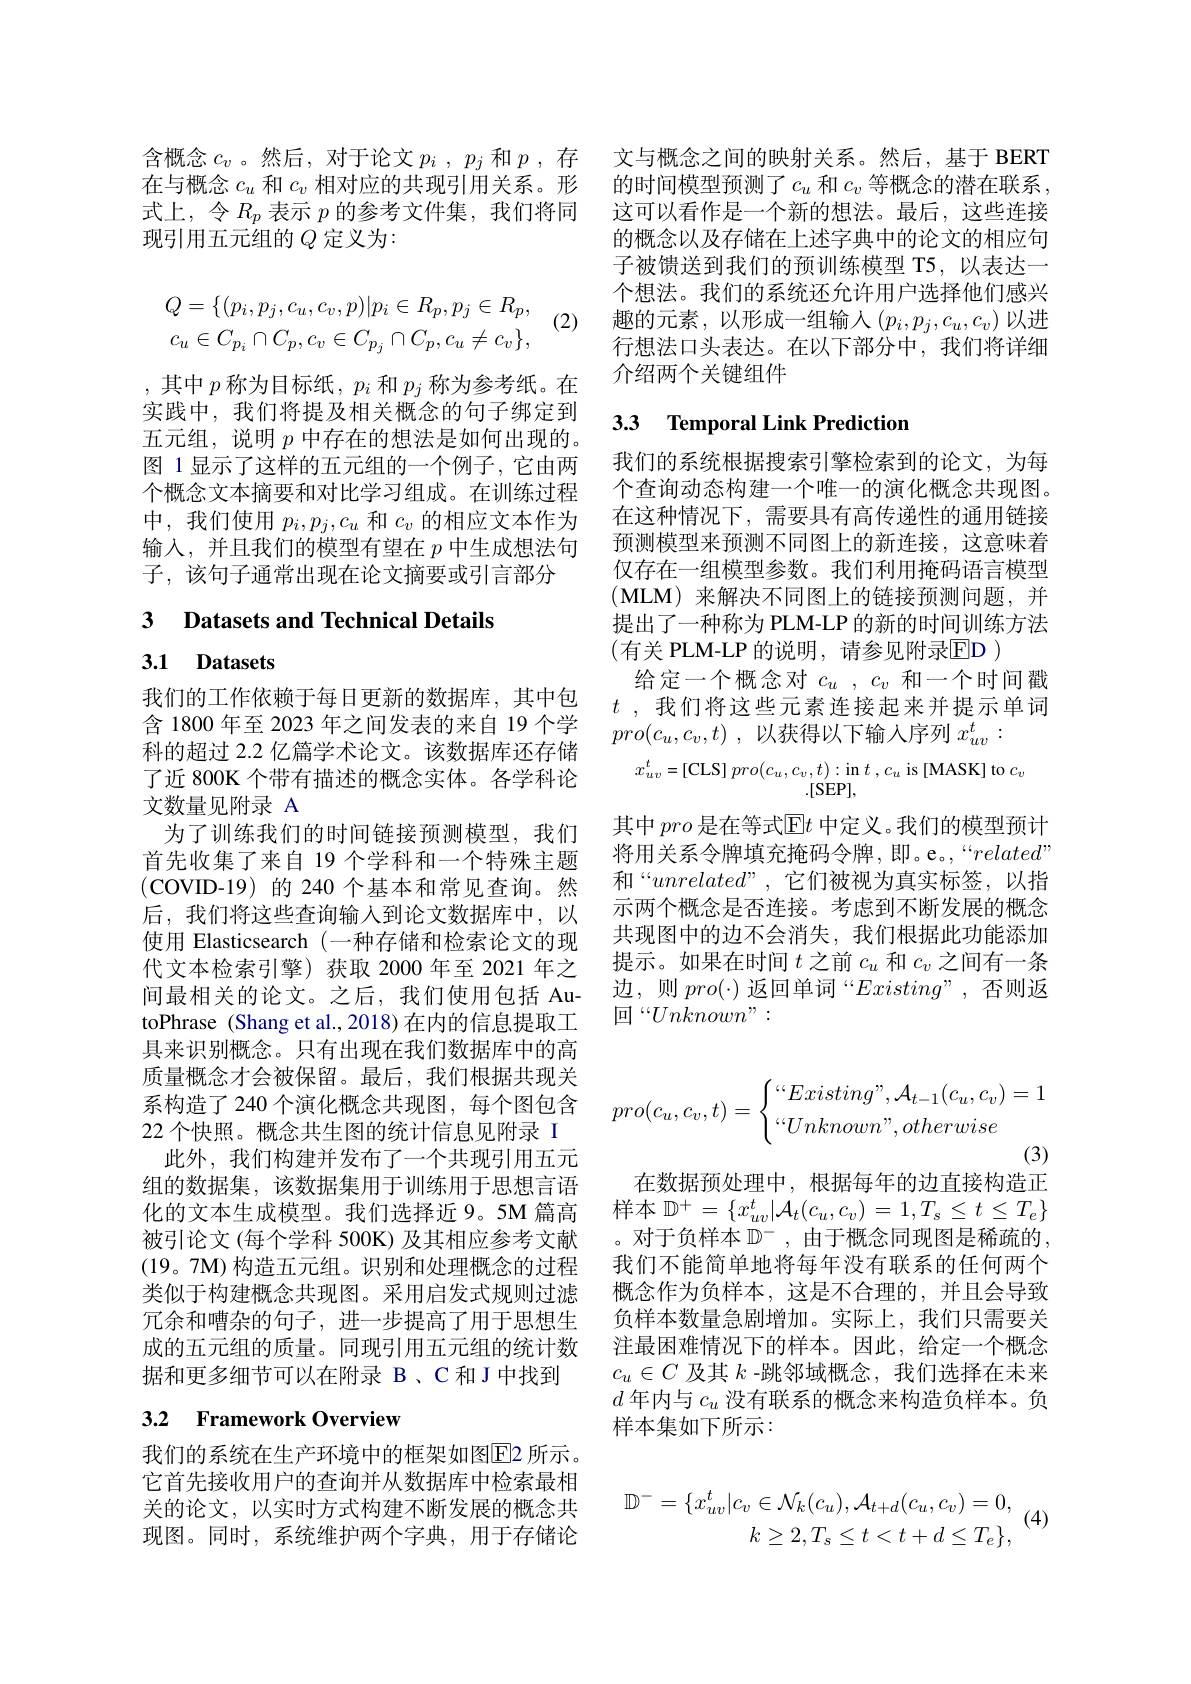
含概念$c_v$ 。然后，对于论文$p_i$ , $p_j$和$p$ , 存 文与概念之间的映射关系。然后，基于 BERT 在与概念$c_u$和$c_v$相对应的共现引用关系。形 的时间模型预测了$c_u$和$c_\upsilon$等概念的潜在联系， 式上，令$R_p$表示$p$的参考文件集，我们将同 这可以看作是一个新的想法。最后，这些连接现引用五元组的$Q$定义为：

(2)
$$\begin{aligned}Q&=\{(p_i,p_j,c_u,c_v,p)|p_i\in R_p,p_j\in R_p,\\c_u&\in C_{p_i}\cap C_p,c_v\in C_{p_j}\cap C_p,c_u\neq c_v\},\end{aligned}$$
,其中$p$称为目标纸，$p_i$和$p_j$称为参考纸。在实践中，我们将提及相关概念的句子绑定到五元组，说明$p$中存在的想法是如何出现的。图 1显示了这样的五元组的一个例子，它由两个概念文本摘要和对比学习组成。在训练过程中，我们使用$p_i,p_j,c_u$和$c_v$的相应文本作为输入，并且我们的模型有望在$p$中生成想法句子，该句子通常出现在论文摘要或引言部分

## 3 Datasets and Technical Details

# 3.1 Datasets

我们的工作依赖于每日更新的数据库，其中包含 1800 年至 2023 年之间发表的来自 19 个学科的超过 2.2 亿篇学术论文。该数据库还存储了近 800K 个带有描述的概念实体。各学科论文数量见附录 A
为了训练我们的时间链接预测模型，我们首先收集了来自 19 个学科和一个特殊主题(COVID-19)的 240 个基本和常见查询。然后，我们将这些查询输入到论文数据库中，以使用 Elasticsearch (一种存储和检索论文的现代文本检索引擎)获取 2000 年至 2021 年之间最相关的论文。之后，我们使用包括 AutoPhrase (Shang et al.,2018)在内的信息提取工具来识别概念。只有出现在我们数据库中的高质量概念才会被保留。最后，我们根据共现关系构造了 240 个演化概念共现图，每个图包含22 个快照。概念共生图的统计信息见附录 I
此外，我们构建并发布了一个共现引用五元组的数据集，该数据集用于训练用于思想言语化的文本生成模型。我们选择近9。5M 篇高 样本$\mathbb{D}^+=\{x_{uv}^t|\mathcal{A}_t(c_u,c_v)=1,T_s\leq t\leq T_e\}$
被引论文 (每个学科 500K) 及其相应参考文献
(19。7M) 构造五元组。识别和处理概念的过程 我们不能简单地将每年没有联系的任何两个类似于构建概念共现图。采用启发式规则过滤 概念作为负样本，这是不合理的，并且会导致冗余和嘈杂的句子，进一步提高了用于思想生
成的五元组的质量。同现引用五元组的统计数 注最困难情况下的样本。因此，给定一个概念
据和更多细节可以在附录 B、C 和 J 中找到

# 3.2 Framework Overview

我们的系统在生产环境中的框架如图E2 所示。它首先接收用户的查询并从数据库中检索最相关的论文，以实时方式构建不断发展的概念共现图。同时，系统维护两个字典，用于存储论

的概念以及存储在上述字典中的论文的相应句子被馈送到我们的预训练模型 T5,以表达一个想法。我们的系统还允许用户选择他们感兴趣的元素，以形成一组输入$\left(p_i,p_j,c_u,c_v\right)$以进行想法口头表达。在以下部分中，我们将详细介绍两个关键组件

## 3.3 Temporal Link Prediction

我们的系统根据搜索引擎检索到的论文，为每个查询动态构建一个唯一的演化概念共现图。在这种情况下，需要具有高传递性的通用链接预测模型来预测不同图上的新连接，这意味着仅存在一组模型参数。我们利用掩码语言模型(MLM)来解决不同图上的链接预测问题，并提出了一种称为 PLM-LP 的新的时间训练方法(有关 PLM-LP 的说明，请参见附录$\overline{\mathrm{ED}})$
给定一个概念对$c_u,c_v$和一个时间戳$t$ , 我们将这些元素连接起来并提示单词$pro( c_u, c_v, t)$ ,以获得以下输入序列 $x_uv^t$ :
$x_{uv}^{t}=[$CLS$]pro(c_u,c_v,t):$in$t,c_u$is[MASK]to$c_v$
其中pro是在等式$\mathbb{E}t$中定义。我们的模型预计将用关系令牌填充掩码令牌，即。e。,“related” 和“$unrelated”$,它们被视为真实标签，以指示两个概念是否连接。考虑到不断发展的概念共现图中的边不会消失，我们根据此功能添加提示。如果在时间$t$之前$c_u$和$c_v$之间有一条边，则$pro(\cdot)$返回单词“$Existing”$,否则返回“$Unknown”:$
$$pro(c_u,c_v,t)=\begin{cases}“Existing”,\mathcal{A}_{t-1}(c_u,c_v)=1\\“Unknown”,otherwise\end{cases}$$
(3)

在数据预处理中，根据每年的边直接构造正。对于负样本 $\mathbb{D}^-$, 由于概念同现图是稀疏的， 负样本数量急剧增加。实际上，我们只需要关$c_u\in C$及其$k$ -跳邻域概念，我们选择在未来$d$年内与$c_u$没有联系的概念来构造负样本。负样本集如下所示：
$$\mathbb{D}^{-}=\{x_{uv}^{t}|c_{v}\in\mathcal{N}_{k}(c_{u}),\mathcal{A}_{t+d}(c_{u},c_{v})=0,\\k\geq2,T_{s}\leq t<t+d\leq T_{e}\},$$
(4)